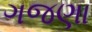
ગજણા